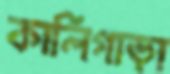
কালিগাড়া